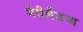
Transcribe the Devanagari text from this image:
मेरीलँडचा